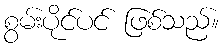
စွမ်းပိုင်ပင် ဖြစ်သည်။